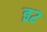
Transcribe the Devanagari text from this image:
इ२